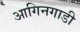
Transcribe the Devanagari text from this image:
आगिनगाडी